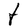
Character: t